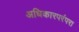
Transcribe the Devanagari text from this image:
अधिकारपरंपरा